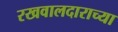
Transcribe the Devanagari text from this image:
रखवालदाराच्या